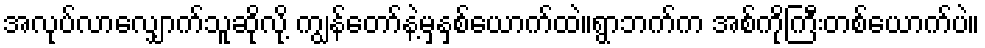
အလုပ်လာလျှောက်သူဆိုလို့ ကျွန်တော်နဲ့မှနှစ်ယောက်ထဲ။ရွာဘက်က အစ်ကိုကြီးတစ်ယောက်ပဲ။